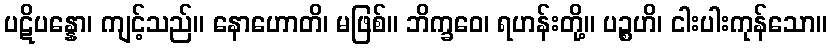
ပဋိပန္နော၊ ကျင့်သည်။ နောဟောတိ၊ မဖြစ်။ ဘိက္ခဝေ၊ ရဟန်းတို့။ ပဉ္စဟိ၊ ငါးပါးကုန်သော။